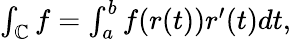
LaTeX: \textstyle\int_{\mathbb{C}}f=\int_{a}^{b}f(r(t))r^{\prime}(t)dt,